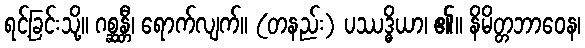
ရင့်ခြင်းသို့။ ဂစ္ဆန္တီ၊ ရောက်လျက်။ (တနည်း) ပဿဒ္ဓိယာ၊ ၏။ နိမိတ္တဘာဝေန၊